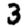
Digit: 3